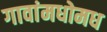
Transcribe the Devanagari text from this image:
गावांमधोमध